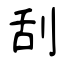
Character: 刮